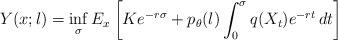
LaTeX: \begin{align*}Y(x;l) =\inf_{\sigma}E_x\left[ Ke^{-r\sigma}+p_{\theta}(l)\int_{0}^{\sigma}q(X_t)e^{-rt}\,dt \right] \end{align*}